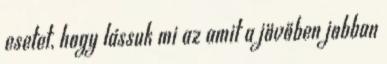
esetet, hogy lássuk mi az amit a jövőben jobban